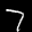
Digit: 7